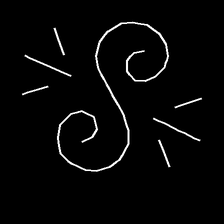
Glyph: wind-directs-air